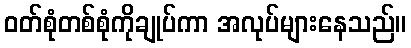
ဝတ်စုံတစ်စုံကိုချုပ်ကာ အလုပ်များနေသည်။